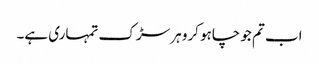
اب تم جو چاہو کرو ہر سڑک تمہاری ہے۔